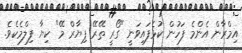
އިމްރާން އެންމެ ފަހުން ކުޅެފައިވަނީ "ގޯރީ ތޭރޭ ޕިޔާރް މޭ" ކިޔާ ފިލްމެކެވެ.